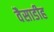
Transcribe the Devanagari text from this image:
वैसाडीह